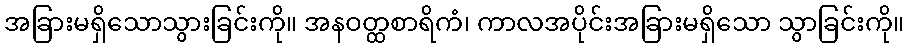
အခြားမရှိသောသွားခြင်းကို။ အနဝတ္ထစာရိကံ၊ ကာလအပိုင်းအခြားမရှိသော သွာခြင်းကို။